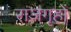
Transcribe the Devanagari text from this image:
राजगृहों